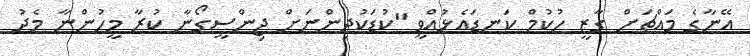
އޭނާގެ މައްޗަށް ގާޒީ ހުކުމް ކަނޑައެޅުއްވީ "ކުޑަކުދިންނަށް ޖިންސީގޯނާ ކުރާ މީހުންނާ މެދު